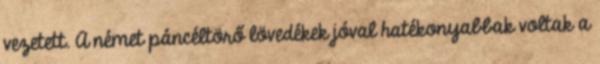
vezetett. A német páncéltörő lövedékek jóval hatékonyabbak voltak a